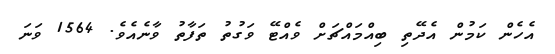
އެހެން ކަމުން އެދޭތި ބިއްމައްޗަށް ވެއްޓޭ ވަގުތު ތަފާތު ވާނެއެވެ. 1564 ވަނަ